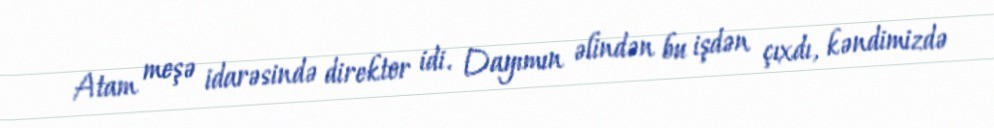
Atam meşə idarəsində direktor idi. Dayımın əlindən bu işdən çıxdı, kəndimizdə